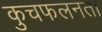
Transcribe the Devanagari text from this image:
कुचफलनता